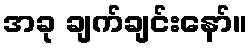
အခု ချက်ချင်းနော်။